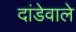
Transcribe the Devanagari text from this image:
दांडेवाले